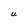
Character: U